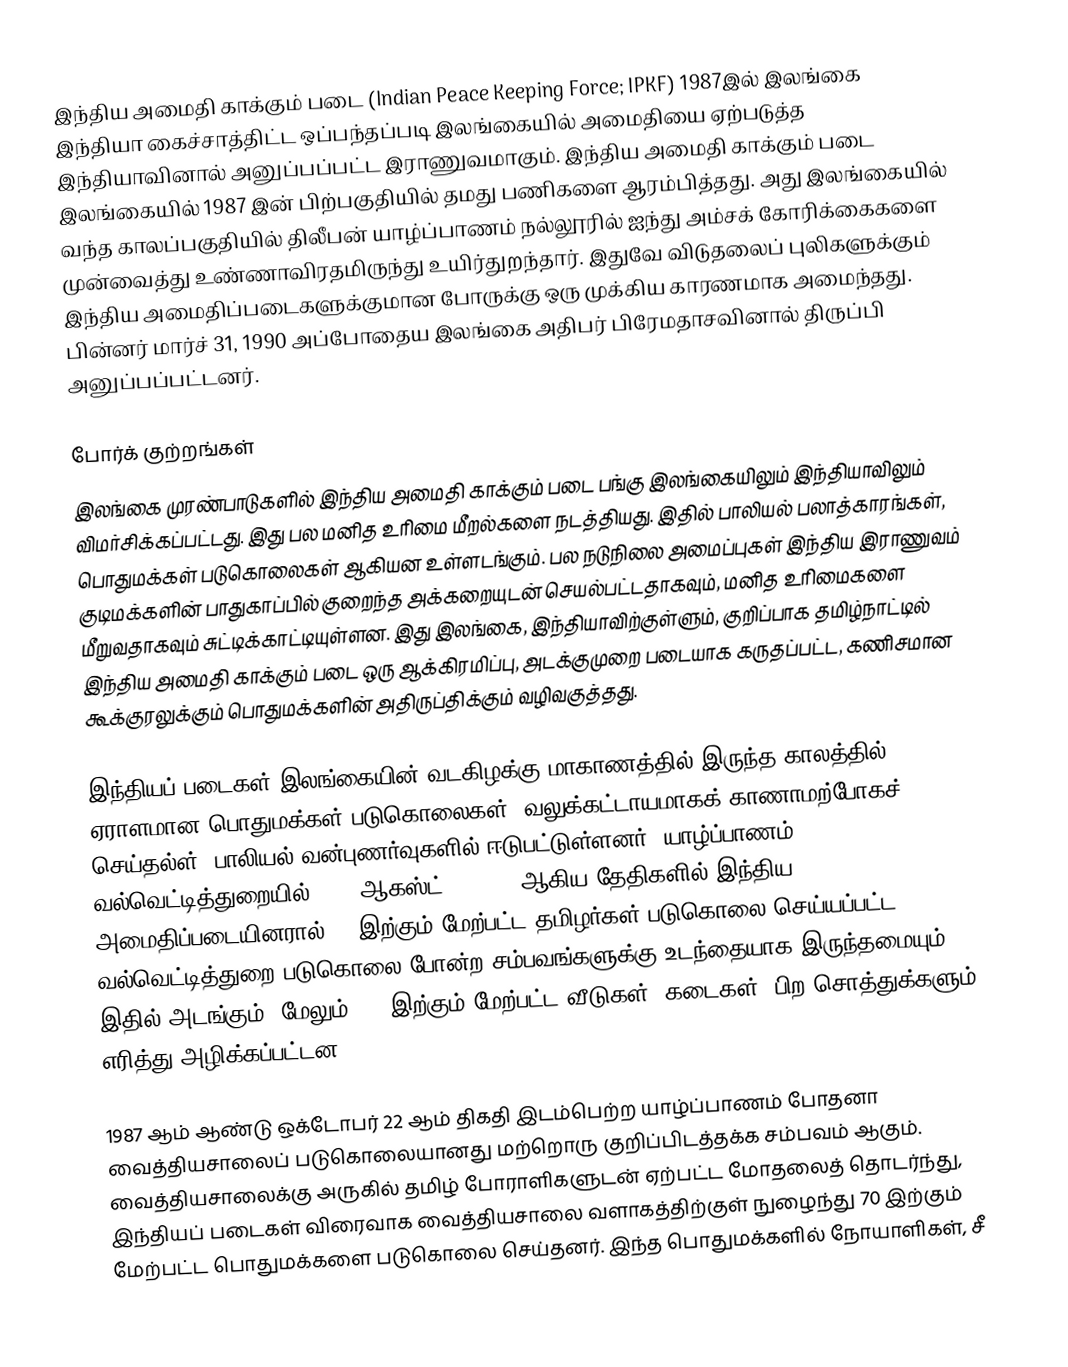
இந்திய அமைதி காக்கும் படை (Indian Peace Keeping Force; IPKF)  1987இல் இலங்கை இந்தியா கைச்சாத்திட்ட ஒப்பந்தப்படி இலங்கையில் அமைதியை ஏற்படுத்த இந்தியாவினால் அனுப்பப்பட்ட இராணுவமாகும். இந்திய அமைதி காக்கும் படை இலங்கையில் 1987 இன் பிற்பகுதியில் தமது பணிகளை ஆரம்பித்தது. அது இலங்கையில் வந்த காலப்பகுதியில்  திலீபன் யாழ்ப்பாணம் நல்லூரில் ஐந்து அம்சக் கோரிக்கைகளை முன்வைத்து உண்ணாவிரதமிருந்து உயிர்துறந்தார். இதுவே விடுதலைப் புலிகளுக்கும் இந்திய அமைதிப்படைகளுக்குமான போருக்கு ஒரு முக்கிய காரணமாக அமைந்தது. பின்னர் மார்ச் 31, 1990 அப்போதைய இலங்கை அதிபர் பிரேமதாசவினால் திருப்பி அனுப்பப்பட்டனர்.

போர்க் குற்றங்கள்
இலங்கை முரண்பாடுகளில் இந்திய அமைதி காக்கும் படை பங்கு இலங்கையிலும் இந்தியாவிலும் விமர்சிக்கப்பட்டது. இது பல மனித உரிமை மீறல்களை நடத்தியது. இதில் பாலியல் பலாத்காரங்கள், பொதுமக்கள் படுகொலைகள் ஆகியன உள்ளடங்கும். பல நடுநிலை அமைப்புகள் இந்திய இராணுவம் குடிமக்களின் பாதுகாப்பில் குறைந்த அக்கறையுடன் செயல்பட்டதாகவும், மனித உரிமைகளை மீறுவதாகவும் சுட்டிக்காட்டியுள்ளன. இது இலங்கை, இந்தியாவிற்குள்ளும், குறிப்பாக தமிழ்நாட்டில் இந்திய அமைதி காக்கும் படை ஒரு ஆக்கிரமிப்பு, அடக்குமுறை படையாக கருதப்பட்ட, கணிசமான கூக்குரலுக்கும் பொதுமக்களின் அதிருப்திக்கும் வழிவகுத்தது.

இந்தியப் படைகள் இலங்கையின் வடகிழக்கு மாகாணத்தில் இருந்த காலத்தில் ஏராளமான பொதுமக்கள் படுகொலைகள், வலுக்கட்டாயமாகக் காணாமற்போகச் செய்தல்ள், பாலியல் வன்புணர்வுகளில் ஈடுபட்டுள்ளனர். யாழ்ப்பாணம் வல்வெட்டித்துறையில் 1989 ஆகஸ்ட் 2, 3, 4 ஆகிய தேதிகளில் இந்திய அமைதிப்படையினரால் 50 இற்கும் மேற்பட்ட தமிழர்கள் படுகொலை செய்யப்பட்ட,  வல்வெட்டித்துறை படுகொலை போன்ற சம்பவங்களுக்கு உடந்தையாக இருந்தமையும் இதில் அடங்கும். மேலும் 100 இற்கும் மேற்பட்ட வீடுகள், கடைகள், பிற சொத்துக்களும் எரித்து அழிக்கப்பட்டன.

1987 ஆம் ஆண்டு ஒக்டோபர் 22 ஆம் திகதி இடம்பெற்ற யாழ்ப்பாணம் போதனா வைத்தியசாலைப் படுகொலையானது மற்றொரு குறிப்பிடத்தக்க சம்பவம் ஆகும். வைத்தியசாலைக்கு அருகில் தமிழ் போராளிகளுடன் ஏற்பட்ட மோதலைத் தொடர்ந்து, இந்தியப் படைகள் விரைவாக வைத்தியசாலை வளாகத்திற்குள் நுழைந்து 70 இற்கும் மேற்பட்ட பொதுமக்களை படுகொலை செய்தனர். இந்த பொதுமக்களில் நோயாளிகள், சீ